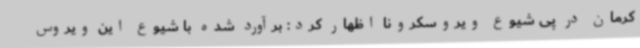
کرمان در پی شیوع ویروسکرونا اظهار کرد: برآورد شده با شیوع این ویروس